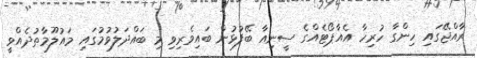
ރާއްޖޭގައި ހިންގާ ހުރިހާ އެއާޕޯޓެއްގެ ސީނިއާ ބޭފުޅުން ބައިވެރިވި މި ބައްދަލުވުމުގައި މައުލޫމާތުދެއްވީ